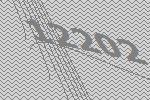
12202